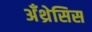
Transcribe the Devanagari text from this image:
अँथ्रेसिस